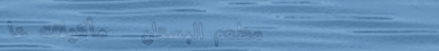
مطعم البستان   مأكولات عا